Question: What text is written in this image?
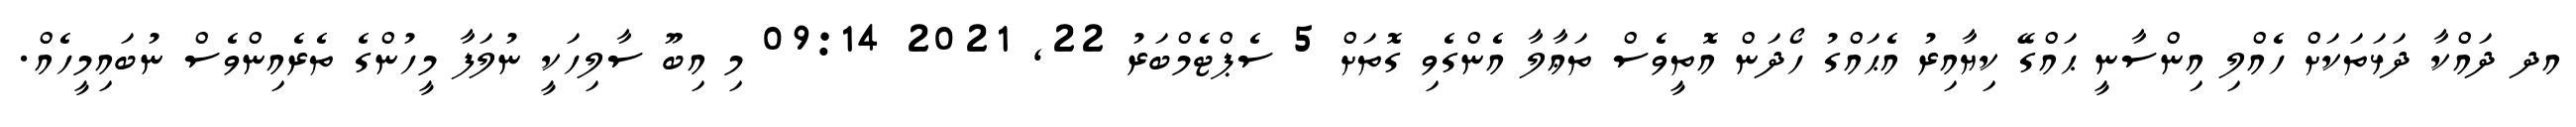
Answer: އދ ދައްކާ ދަޅަތަކަށް ހެއްލި އިންސާނީ ޙައްގޭ ކިޔާއިރު އެޙައްގު ހޯދަން އޮތީވެސް ތަޢާލާ އެންގެވި ގޮތަށް 5 ސެޕްޓެމްބަރު 22, 2021 09:14 މި އިބޫ ސާލިހަކީ ނުލަފާ މީހުންގެ ތެރެއިންވެސް ނުބައިމީހެއް.